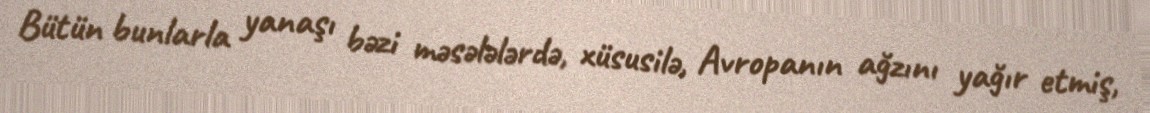
Bütün bunlarla yanaşı bəzi məsələlərdə, xüsusilə, Avropanın ağzını yağır etmiş,